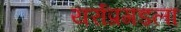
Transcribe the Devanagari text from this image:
यर्राप्रगडला